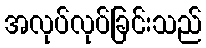
အလုပ်လုပ်ခြင်းသည်